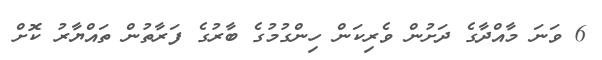
6 ވަނަ މާއްދާގެ ދަށުން ވެރިކަން ހިންގުމުގެ ބާރުގެ ފަރާތުން ތައްޔާރު ކޮށް